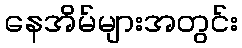
နေအိမ်များအတွင်း